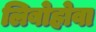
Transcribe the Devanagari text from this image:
लिबोहोवा